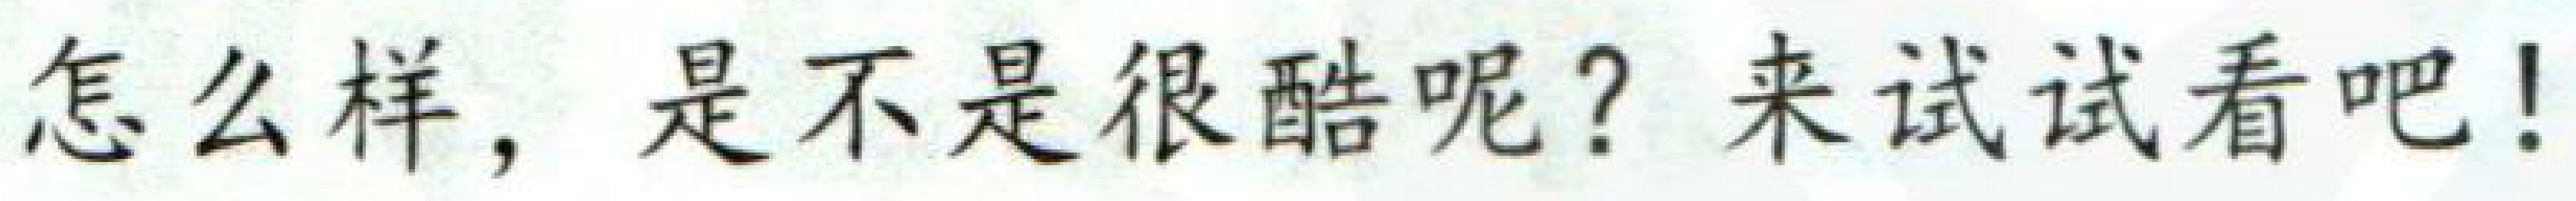
怎么样，是不是很酷呢？来试试看吧！